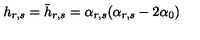
h _ { r , s } = \bar { h } _ { r , s } = \alpha _ { r , s } ( \alpha _ { r , s } - 2 \alpha _ { 0 } )